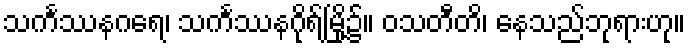
သင်္ကဿနဂရေ၊ သင်္ကဿနဂိုရ်မြို့၌။ ဝသတီတိ၊ နေသည်ဘုရားဟု။